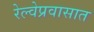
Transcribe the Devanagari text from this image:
रेल्वेप्रवासात